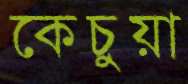
কেচুয়া